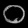
Digit: ၀